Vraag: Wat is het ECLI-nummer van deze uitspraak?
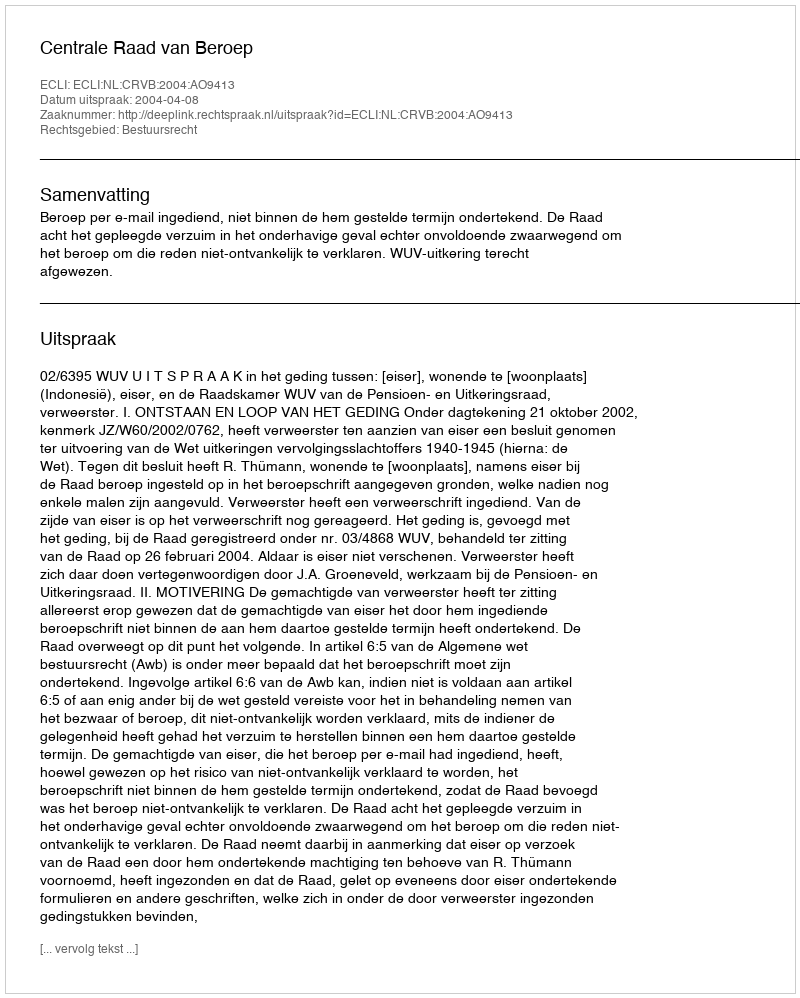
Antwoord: ECLI:NL:CRVB:2004:AO9413